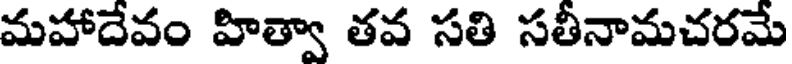
మహాదేవం హిత్వా తవ సతి సతీనామచరమే